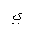
Letter: _ya